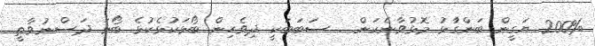
200% ޔަގީން ބަންގާުޅު މޮޅުވާނެކަން. . ސަބަބަކީ ދިވެހިން ބޯޅަކުޅެކުޅެ ބޯޅަ ދަސްނުވާތީ.